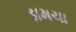
ડામચા